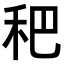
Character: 𥝧